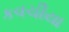
કવચીયા